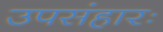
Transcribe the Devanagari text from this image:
उपसंहारः